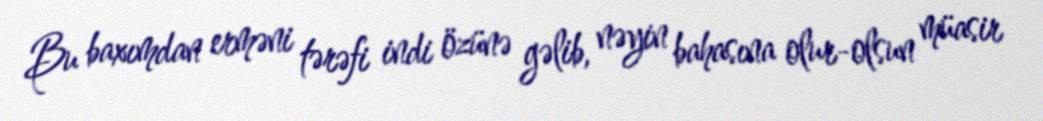
Bu baxımdan erməni tərəfi indi özünə gəlib, nəyin bahasına olur-olsun müasir